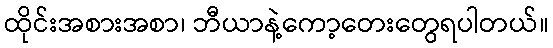
ထိုင်းအစားအစာ၊ ဘီယာနဲ့ကော့တေးတွေရပါတယ်။